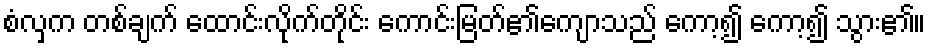
စံလှက တစ်ချက် ထောင်းလိုက်တိုင်း ကောင်းမြတ်၏ကျောသည် ကော့၍ ကော့၍ သွား၏။